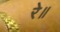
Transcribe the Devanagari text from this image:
रे॥